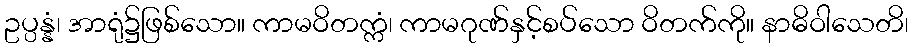
ဥပ္ပန္နံ၊ အာရုံ၌ဖြစ်သော။ ကာမဝိတက္ကံ၊ ကာမဂုဏ်နှင့်စပ်သော ဝိတက်ကို။ နာဓိဝါသေတိ၊